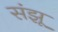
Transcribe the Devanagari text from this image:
संझू